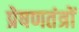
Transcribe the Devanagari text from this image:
प्रेषणतंत्रों